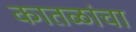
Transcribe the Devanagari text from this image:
कातळांचा